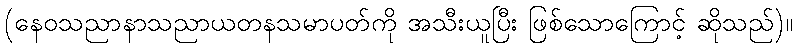
(နေဝသညာနာသညာယတနသမာပတ်ကို အသီးယူပြီး ဖြစ်သောကြောင့် ဆိုသည်)။